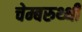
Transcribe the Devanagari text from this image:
चेम्बरुथ्थी